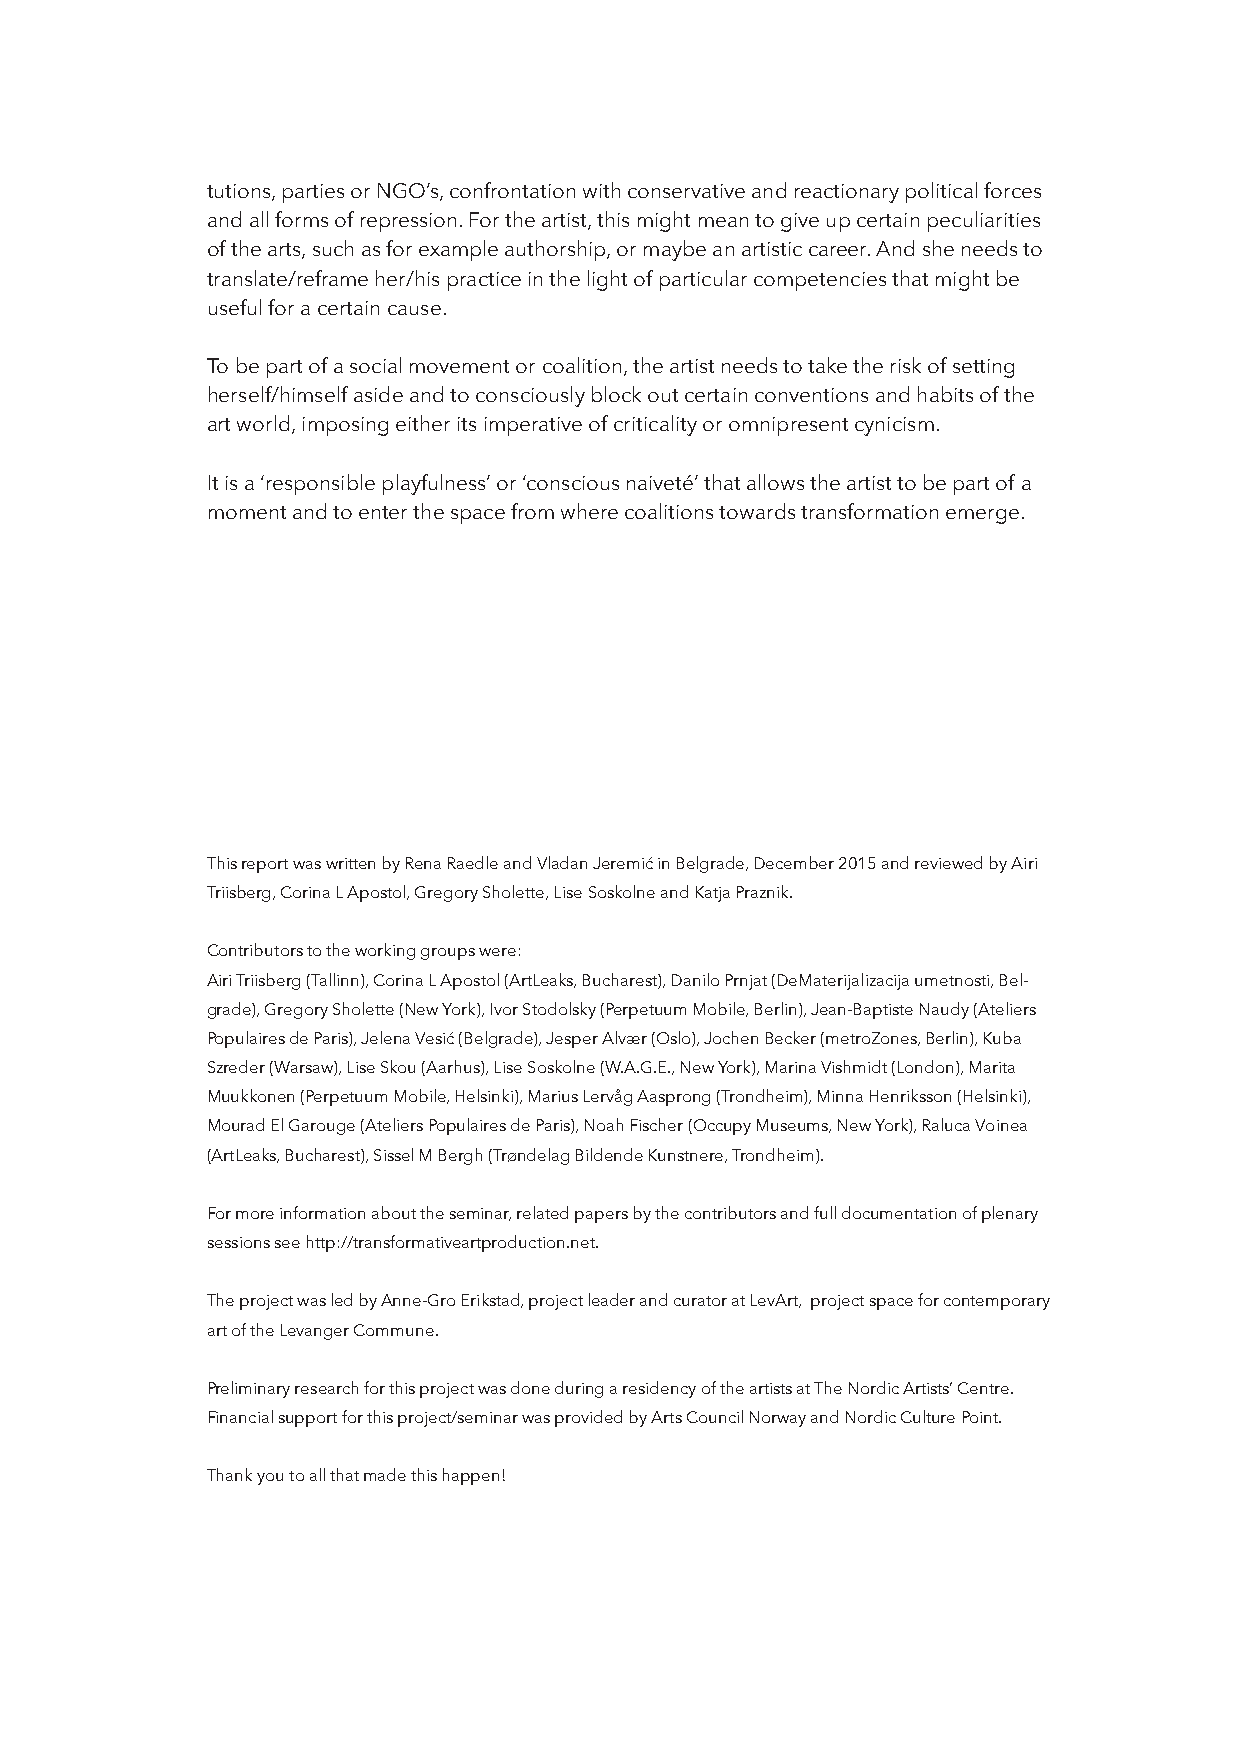
tutions, parties or NGO’s, confrontation with conservative and reactionary political forces
 and all forms of repression. For the artist, this might mean to give up certain peculiarities
 of the arts, such as for example authorship, or maybe an artistic career. And she needs to
 translate/reframe her/his practice in the light of particular competencies that might be
 useful for a certain cause.
 To be part of a social movement or coalition, the artist needs to take the risk of setting
 herself/himself aside and to consciously block out certain conventions and habits of the
 art world, imposing either its imperative of criticality or omnipresent cynicism.
 It is a ‘responsible playfulness’ or ‘conscious naiveté’ that allows the artist to be part of a
 moment and to enter the space from where coalitions towards transformation emerge.
 This report was written by Rena Raedle and Vladan Jeremić in Belgrade, December 2015 and reviewed by Airi
 Triisberg, Corina L Apostol, Gregory Sholette, Lise Soskolne and Katja Praznik.
 Contributors to the working groups were:
 Airi Triisberg (Tallinn), Corina L Apostol (ArtLeaks, Bucharest), Danilo Prnjat (DeMaterijalizacija umetnosti, Bel-
 grade), Gregory Sholette (New York), Ivor Stodolsky (Perpetuum Mobile, Berlin), Jean-Baptiste Naudy (Ateliers
 Populaires de Paris), Jelena Vesić (Belgrade), Jesper Alvær (Oslo), Jochen Becker (metroZones, Berlin), Kuba
 Szreder (Warsaw), Lise Skou (Aarhus), Lise Soskolne (W.A.G.E., New York), Marina Vishmidt (London), Marita
 Muukkonen (Perpetuum Mobile, Helsinki), Marius Lervåg Aasprong (Trondheim), Minna Henriksson (Helsinki),
 Mourad El Garouge (Ateliers Populaires de Paris), Noah Fischer (Occupy Museums, New York), Raluca Voinea
 (ArtLeaks, Bucharest), Sissel M Bergh (Trøndelag Bildende Kunstnere, Trondheim).
 For more information about the seminar, related papers by the contributors and full documentation of plenary
 sessions see http://transformativeartproduction.net.
 The project was led by Anne-Gro Erikstad, project leader and curator at LevArt, project space for contemporary
 art of the Levanger Commune.
 Preliminary research for this project was done during a residency of the artists at The Nordic Artists’ Centre.
 Financial support for this project/seminar was provided by Arts Council Norway and Nordic Culture Point.
 Thank you to all that made this happen!